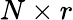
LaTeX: N\times r